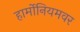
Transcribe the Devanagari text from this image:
हार्मोनियमवर